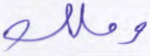
وملك